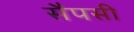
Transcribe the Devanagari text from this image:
सैपसी